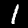
Digit: 1